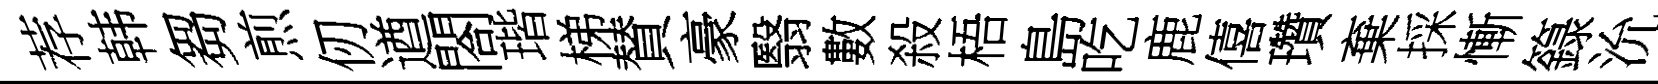
荐韩芻煎仞遒閤瑎梯賛豪翳數殺梧島吃鹿僖瓚棄採慚籙沇